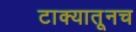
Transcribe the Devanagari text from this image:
टाक्यातूनच